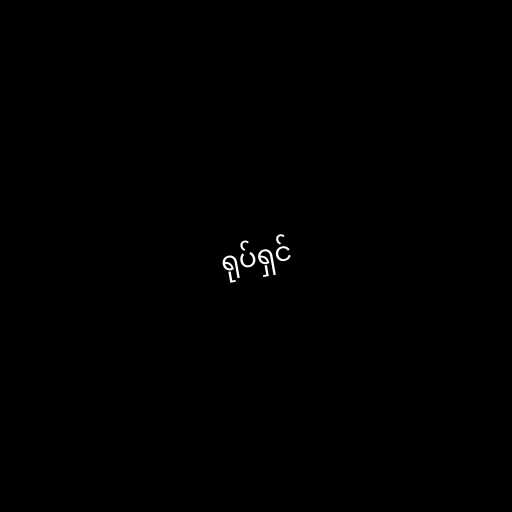
ရုပ်ရှင်